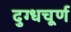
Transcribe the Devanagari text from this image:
दुग्धचूर्ण